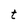
Character: t